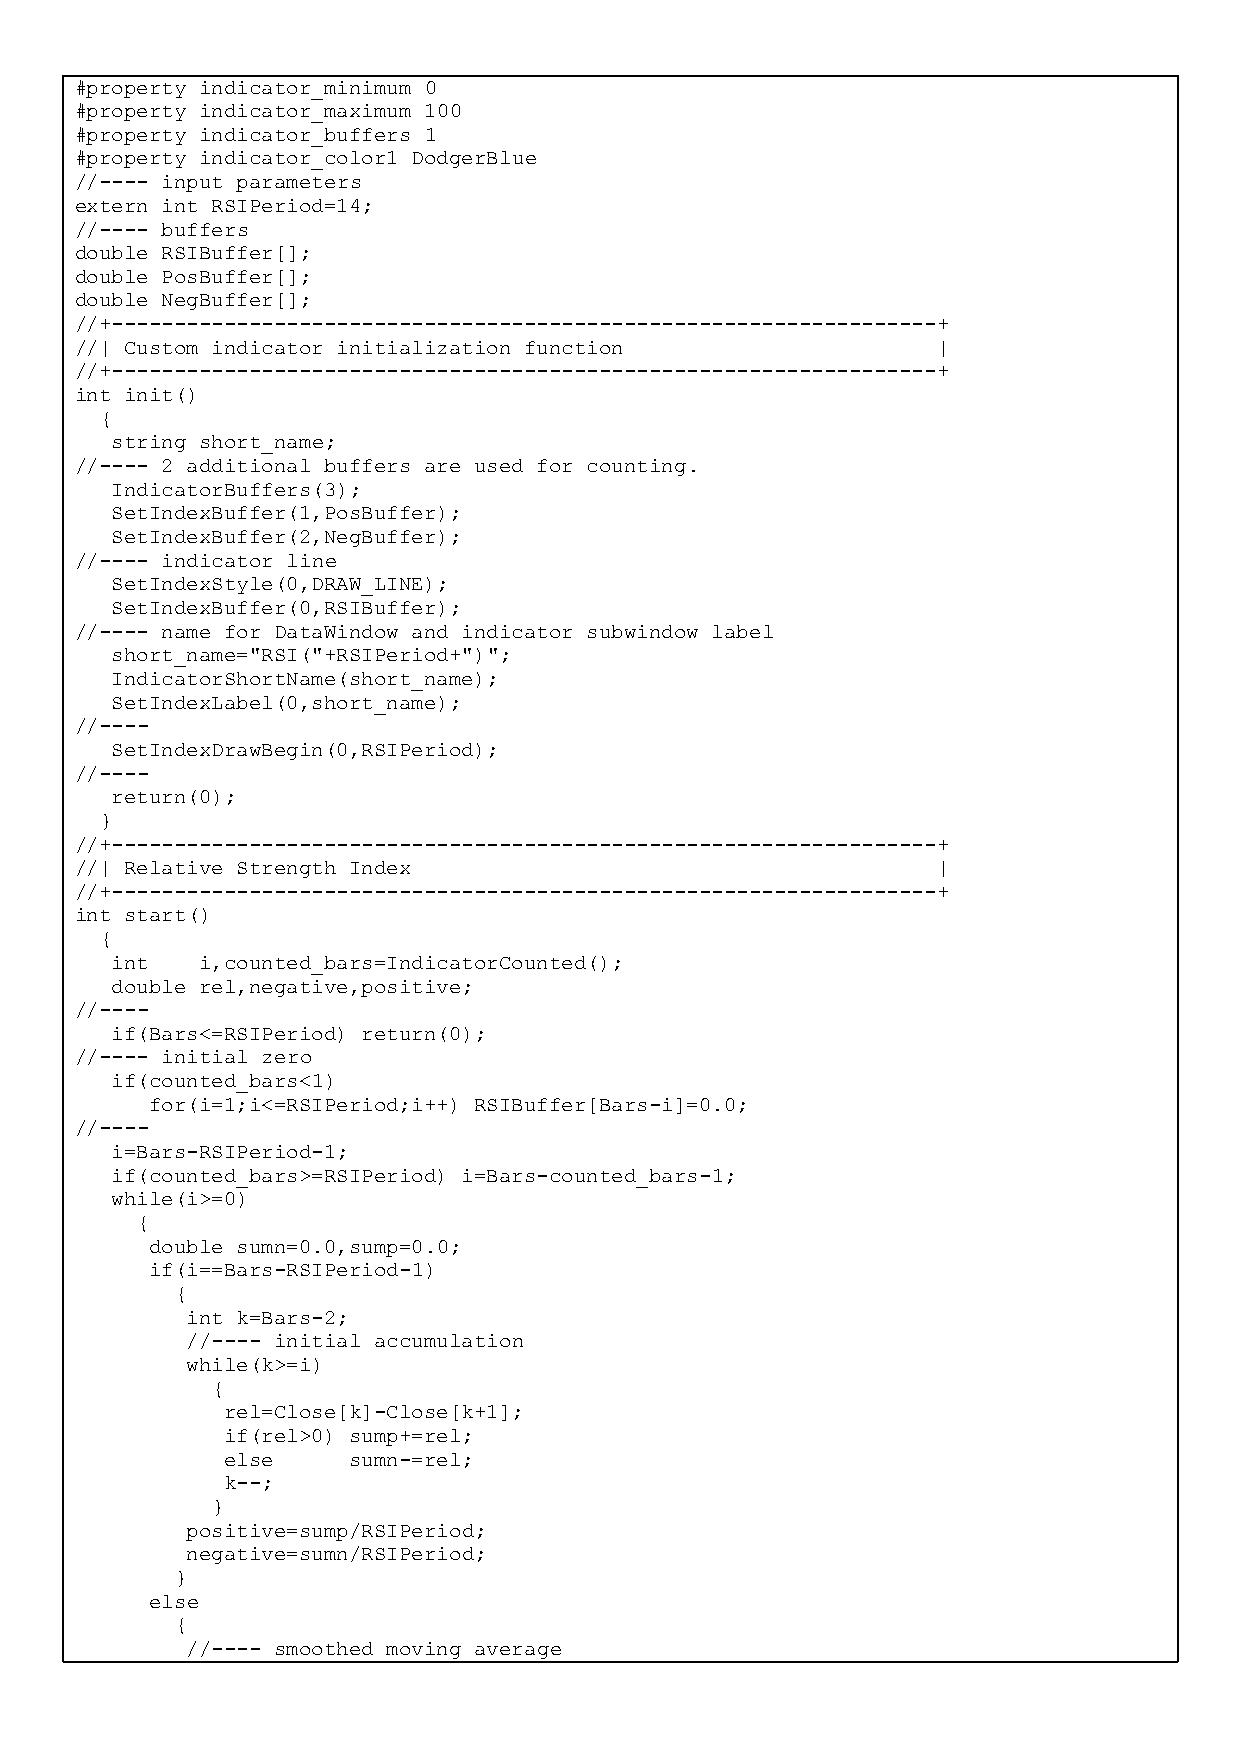
#property indicator_minimum 0
 #property indicator_maximum 100
 #property indicator_buffers 1
 #property indicator_color1 DodgerBlue
 //---- input parameters
 extern int RSIPeriod=14;
 //---- buffers
 double RSIBuffer[];
 double PosBuffer[];
 double NegBuffer[];
 //+------------------------------------------------------------------+
 //| Custom indicator initialization function             |
 //+------------------------------------------------------------------+
 int init()
 {
 string short_name;
 //---- 2 additional buffers are used for counting.
 IndicatorBuffers(3);
 SetIndexBuffer(1,PosBuffer);
 SetIndexBuffer(2,NegBuffer);
 //---- indicator line
 SetIndexStyle(0,DRAW_LINE);
 SetIndexBuffer(0,RSIBuffer);
 //---- name for DataWindow and indicator subwindow label
 short_name="RSI("+RSIPeriod+")";
 IndicatorShortName(short_name);
 SetIndexLabel(0,short_name);
 //----
 SetIndexDrawBegin(0,RSIPeriod);
 //----
 return(0);
 }
 //+------------------------------------------------------------------+
 //| Relative Strength Index                              |
 //+------------------------------------------------------------------+
 int start()
 {
 int   i,counted_bars=IndicatorCounted();
 double rel,negative,positive;
 //----
 if(Bars<=RSIPeriod) return(0);
 //---- initial zero
 if(counted_bars<1)
 for(i=1;i<=RSIPeriod;i++) RSIBuffer[Bars-i]=0.0;
 //----
 i=Bars-RSIPeriod-1;
 if(counted_bars>=RSIPeriod) i=Bars-counted_bars-1;
 while(i>=0)
 {
 double sumn=0.0,sump=0.0;
 if(i==Bars-RSIPeriod-1)
 {
 int k=Bars-2;
 //---- initial accumulation
 while(k>=i)
 {
 rel=Close[k]-Close[k+1];
 if(rel>0) sump+=rel;
 else    sumn-=rel;
 k--;
 }
 positive=sump/RSIPeriod;
 negative=sumn/RSIPeriod;
 }
 else
 {
 //---- smoothed moving average